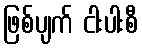
ဖြစ်ပျက် ငါးပါးစီ